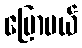
ပြောမယ်